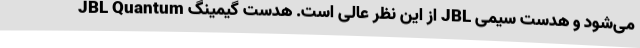
می‌شود و هدست سیمی JBL از این نظر عالی است. هدست گیمینگ JBL Quantum